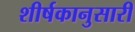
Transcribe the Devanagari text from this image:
शीर्षकानुसारी